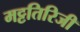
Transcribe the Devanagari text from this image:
मट्टतिरिजी